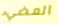
المضيء